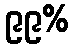
၉၉%